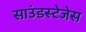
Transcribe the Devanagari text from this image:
साउंडस्टेजेस